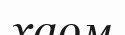
хаом